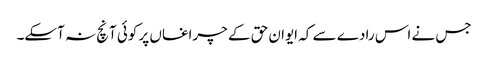
جس نے اس رادے سے کہ ایوان حق کے چراغاں پر کوئی آنچ نہ آسکے۔